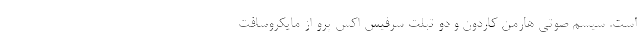
است. سیسم صوتی هارمن کاردون و دو تبلت سرفیس اکس پرو از مایکروسافت